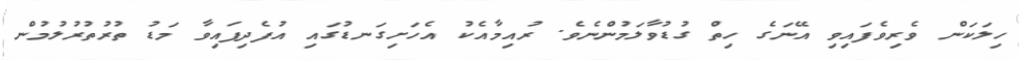
ހިލަކަން ވެރިވެފައިވި އޭނަގެ ހިތް ގުޑުވާލަމުންނެވެ. ރުއިމާއެކު އެހަށިގަނޑުގައި އުފެދިފައިވާ މަޑު ތުރުތުރުލުމުން